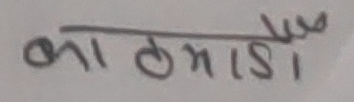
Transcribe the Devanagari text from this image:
काठमांडौ